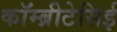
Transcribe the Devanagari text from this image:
कॉम्ब्रीटेसिई